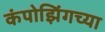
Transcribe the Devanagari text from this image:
कंपोझिंगच्या